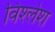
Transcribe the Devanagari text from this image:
विश्लेश